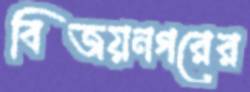
বিজয়নগরের